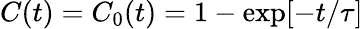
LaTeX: C(t)=C_{0}(t)=1-\exp[-t/\tau]